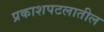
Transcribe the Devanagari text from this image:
प्रकाशपटलातील